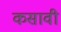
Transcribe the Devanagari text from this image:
कसावी